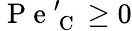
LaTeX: \mathrm{~P~e~}_{\mathrm{~C~}}^{\prime}\geq 0